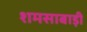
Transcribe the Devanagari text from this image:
शमसाबाड़ी